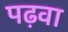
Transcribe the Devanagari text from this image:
पढ़वा